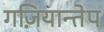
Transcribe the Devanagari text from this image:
गज़ियान्तेप